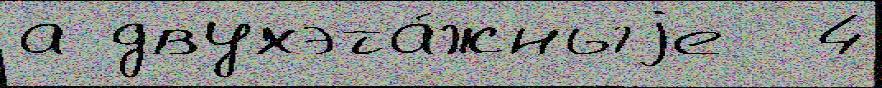
а двухэта́жныjе  4